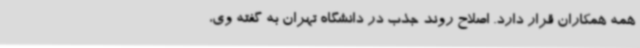
همه همکاران قرار دارد. اصلاح روند جذب در دانشگاه تهران به گفته وی،